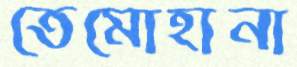
তেমোহানা